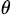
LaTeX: _{\theta}